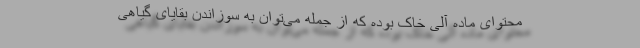
محتوای ماده آلی خاک بوده که از جمله می‌توان به سوزاندن بقایای گیاهی